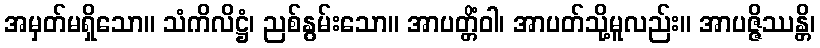
အမှတ်မရှိသော။ သံကိလိဋ္ဌံ၊ ညစ်နွမ်းသော။ အာပတ္တိံဝါ၊ အာပတ်သို့မူလည်း။ အာပဇ္ဇိဿန္တိ၊